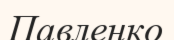
Павленко